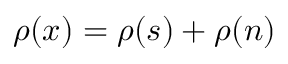
\rho ( x ) = \rho ( s ) + \rho ( n )